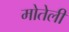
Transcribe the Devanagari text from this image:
मोतेली